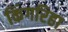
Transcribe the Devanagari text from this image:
किंगरिहा